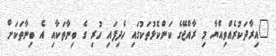
"އިރާދަކުރެއްވިއްޔާ މި ރާއްޖޭގެ ކަންކޮޅުތަކުގައި ހެދިފައި ހުރި ގެ ބިނާތަކާއި އެ ބިނާތަކަށް